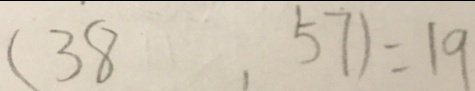
( 3 8 . 5 7 ) = 1 9